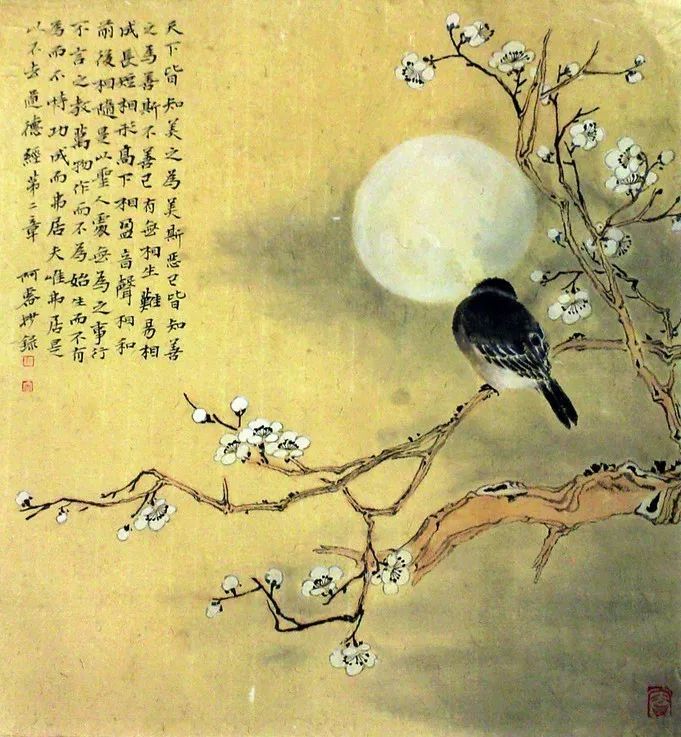
今朝北客思归去，回入纥那披绿罗。